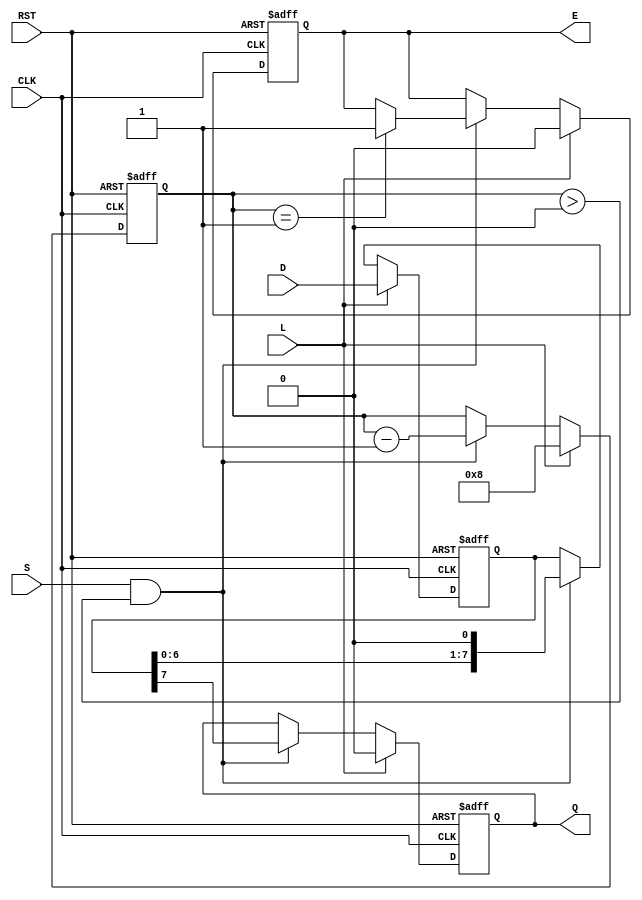
module PISO_Register #(
    parameter n = 8  // Width of the register (number of bits)
)(
    input wire [n-1:0] D,      // Parallel data input
    input wire L,              // Load signal
    input wire CLK,            // Clock signal
    input wire S,              // Shift signal
    input wire RST,            // Reset signal (optional)
    output reg Q,              // Serial output
    output reg E               // Empty signal
);

    reg [n-1:0] SR;            // Shift register
    reg [3:0] count;           // Counter for bits shifted out

    // Asynchronous reset and load operation
    always @(posedge CLK or posedge RST) begin
        if (RST) begin
            SR <= 0;           // Clear the shift register
            Q <= 0;            // Clear the serial output
            E <= 1;            // Register is empty
            count <= 0;        // Reset the counter
        end else if (L) begin
            SR <= D;           // Load data into the shift register
            Q <= 0;            // Clear the serial output
            E <= 0;            // Register is not empty
            count <= n;        // Set count to the width of the register
        end else if (S && count > 0) begin
            Q <= SR[n-1];      // Output the MSB of the shift register
            SR <= SR << 1;     // Shift left (right shift in terms of output)
            count <= count - 1; // Decrement the count
            if (count == 1) begin
                E <= 1;        // Register is empty after last shift
            end
        end
    end

endmodule